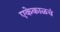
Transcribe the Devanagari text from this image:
एकेकाळचं